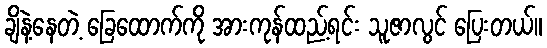
ချိနဲ့နေတဲ့ ခြေထောက်ကို အားကုန်ထည့်ရင်း သူဇာလွင် ပြေးတယ်။